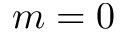
m = 0